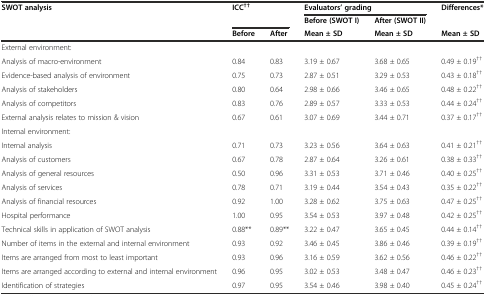
<table><thead><tr><td rowspan="3"><b>SWOT analysis</b></td><td rowspan="2" colspan="2"><b>ICC<sup>††</sup></b></td><td colspan="2"><b>Evaluators’ grading</b></td><td rowspan="2"><b>Differences*</b></td></tr><tr><td><b>Before (SWOT I)</b></td><td><b>After (SWOT II)</b></td></tr><tr><td><b>Before</b></td><td><b>After</b></td><td><b>Mean ± SD</b></td><td><b>Mean ± SD</b></td><td><b>Mean ± SD</b></td></tr></thead><tbody><tr><td>External environment:</td><td colspan="5"></td></tr><tr><td>Analysis of macro-environment</td><td>0.84</td><td>0.83</td><td>3.19 ± 0.67</td><td>3.68 ± 0.65</td><td>0.49 ± 0.19<sup>††</sup></td></tr><tr><td>Evidence-based analysis of environment</td><td>0.75</td><td>0.73</td><td>2.87 ± 0.51</td><td>3.29 ± 0.53</td><td>0.43 ± 0.18<sup>††</sup></td></tr><tr><td>Analysis of stakeholders</td><td>0.80</td><td>0.64</td><td>2.98 ± 0.66</td><td>3.46 ± 0.65</td><td>0.48 ± 0.22<sup>††</sup></td></tr><tr><td>Analysis of competitors</td><td>0.83</td><td>0.76</td><td>2.89 ± 0.57</td><td>3.33 ± 0.53</td><td>0.44 ± 0.24<sup>††</sup></td></tr><tr><td>External analysis relates to mission &amp; vision</td><td>0.67</td><td>0.61</td><td>3.07 ± 0.69</td><td>3.44 ± 0.71</td><td>0.37 ± 0.17<sup>††</sup></td></tr><tr><td>Internal environment:</td><td colspan="5"></td></tr><tr><td>Internal analysis</td><td>0.71</td><td>0.73</td><td>3.23 ± 0.56</td><td>3.64 ± 0.63</td><td>0.41 ± 0.21<sup>††</sup></td></tr><tr><td>Analysis of customers</td><td>0.67</td><td>0.78</td><td>2.87 ± 0.64</td><td>3.26 ± 0.61</td><td>0.38 ± 0.33<sup>††</sup></td></tr><tr><td>Analysis of general resources</td><td>0.50</td><td>0.96</td><td>3.31 ± 0.53</td><td>3.71 ± 0.46</td><td>0.40 ± 0.25<sup>††</sup></td></tr><tr><td>Analysis of services</td><td>0.78</td><td>0.71</td><td>3.19 ± 0.44</td><td>3.54 ± 0.43</td><td>0.35 ± 0.22<sup>††</sup></td></tr><tr><td>Analysis of financial resources</td><td>0.92</td><td>1.00</td><td>3.28 ± 0.62</td><td>3.75 ± 0.63</td><td>0.47 ± 0.25<sup>††</sup></td></tr><tr><td>Hospital performance</td><td>1.00</td><td>0.95</td><td>3.54 ± 0.53</td><td>3.97 ± 0.48</td><td>0.42 ± 0.25<sup>††</sup></td></tr><tr><td>Technical skills in application of SWOT analysis</td><td>0.88**</td><td>0.89**</td><td>3.22 ± 0.47</td><td>3.65 ± 0.45</td><td>0.44 ± 0.14<sup>††</sup></td></tr><tr><td>Number of items in the external and internal environment</td><td>0.93</td><td>0.92</td><td>3.46 ± 0.45</td><td>3.86 ± 0.46</td><td>0.39 ± 0.19<sup>††</sup></td></tr><tr><td>Items are arranged from most to least important</td><td>0.93</td><td>0.96</td><td>3.16 ± 0.59</td><td>3.62 ± 0.56</td><td>0.46 ± 0.22<sup>††</sup></td></tr><tr><td>Items are arranged according to external and internal environment</td><td>0.96</td><td>0.95</td><td>3.02 ± 0.53</td><td>3.48 ± 0.47</td><td>0.46 ± 0.23<sup>††</sup></td></tr><tr><td>Identification of strategies</td><td>0.97</td><td>0.95</td><td>3.54 ± 0.46</td><td>3.98 ± 0.40</td><td>0.45 ± 0.24<sup>††</sup></td></tr></tbody></table>